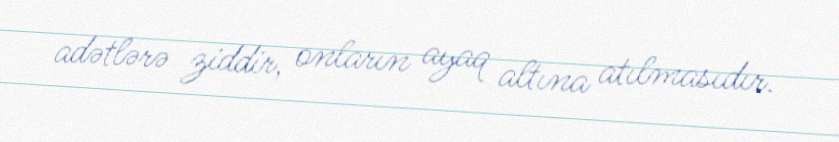
adətlərə ziddir, onların ayaq altına atılmasıdır.